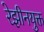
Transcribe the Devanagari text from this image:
रेझीनयुक्त